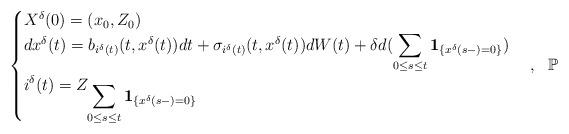
LaTeX: \begin{align*}\begin{cases}X^{\delta}(0)=(x_0,Z_{0}) \\dx^{\delta}(t) = b_{i^{\delta}(t)}(t,x^{\delta}(t))dt + \sigma_{i^{\delta}(t)}(t,x^{\delta}(t))dW(t) + \delta d(\displaystyle\sum_{0\leq s\leq t}\mathbf{1}_{\{x^{\delta}(s-)=0\}})\\ i^{\delta}(t)=Z_{\displaystyle\sum_{0\leq s\leq t}\mathbf{1}_{\{x^{\delta}(s-)=0\}}} \\\end{cases},~~\mathbb{P} \end{align*}